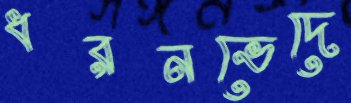
ধরনভেদে